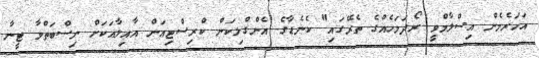
އަހަރެމެން އިސްލާމްވީ ރޯދަމަހެއްގެ ތެރޭގައި" ކެނެޑާގެ އެންގްލިކަން ކްރިސްޓިއަން އާއިލާއަކަށް ނިސްބަތްވާ ޓީނާ